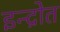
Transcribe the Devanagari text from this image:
इन्द्रोत